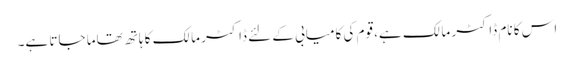
اس کا نام ڈاکٹر مالک ہے، قوم کی کامیابی کے لئے ڈاکٹر مالک کا ہاتھ تھاما جاتا ہے۔